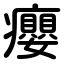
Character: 癭